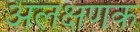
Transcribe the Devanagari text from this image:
अलक्षणक